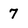
Character: 7